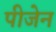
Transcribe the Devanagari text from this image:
पीजेन